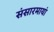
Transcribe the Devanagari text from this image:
संसारमायां